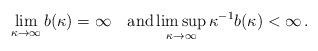
LaTeX: \begin{align*}\lim_{\kappa\to \infty}b(\kappa)= \infty\quad{\rm and} \limsup_{\kappa\to \infty} \kappa^{-1}b(\kappa)<\infty \,. \end{align*}